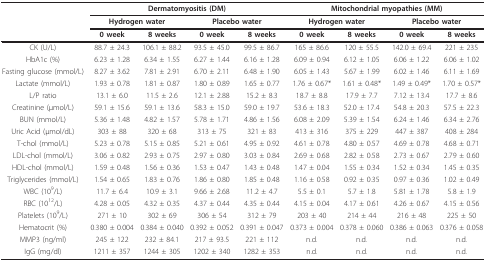
<table><thead><tr><td></td><td colspan="4"><b>Dermatomyositis (DM)</b></td><td colspan="4"><b>Mitochondrial myopathies (MM)</b></td></tr><tr><td></td><td colspan="2"><b>Hydrogen water</b></td><td colspan="2"><b>Placebo water</b></td><td colspan="2"><b>Hydrogen water</b></td><td colspan="2"><b>Placebo water</b></td></tr><tr><td></td><td><b>0 week</b></td><td><b>8 weeks</b></td><td><b>0 week</b></td><td><b>8 weeks</b></td><td><b>0 week</b></td><td><b>8 weeks</b></td><td><b>0 week</b></td><td><b>8 weeks</b></td></tr></thead><tbody><tr><td>CK (U/L)</td><td>88.7 ± 24.3</td><td>106.1 ± 88.2</td><td>93.5 ± 45.0</td><td>99.5 ± 86.7</td><td>165 ± 86.6</td><td>120 ± 55.5</td><td>142.0 ± 69.4</td><td>221 ± 235</td></tr><tr><td>HbA1c (%)</td><td>6.23 ± 1.28</td><td>6.34 ± 1.55</td><td>6.27 ± 1.44</td><td>6.16 ± 1.28</td><td>6.09 ± 0.94</td><td>6.12 ± 1.05</td><td>6.06 ± 1.22</td><td>6.06 ± 1.02</td></tr><tr><td>Fasting glucose (mmol/L)</td><td>8.27 ± 3.62</td><td>7.81 ± 2.91</td><td>6.70 ± 2.11</td><td>6.48 ± 1.90</td><td>6.05 ± 1.43</td><td>5.67 ± 1.99</td><td>6.02 ± 1.46</td><td>6.11 ± 1.69</td></tr><tr><td>Lactate (mmol/L)</td><td>1.93 ± 0.78</td><td>1.81 ± 0.87</td><td>1.80 ± 0.89</td><td>1.65 ± 0.77</td><td>1.76 ± 0.67*</td><td>1.61 ± 0.48*</td><td>1.49 ± 0.49*</td><td>1.70 ± 0.57*</td></tr><tr><td>L/P ratio</td><td>13.1 ± 6.0</td><td>11.5 ± 2.6</td><td>12.1 ± 2.88</td><td>15.2 ± 8.3</td><td>18.7 ± 8.8</td><td>17.9 ± 7.7</td><td>7.12 ± 13.4</td><td>17.7 ± 8.6</td></tr><tr><td>Creatinine (μmol/L)</td><td>59.1 ± 15.6</td><td>59.1 ± 13.6</td><td>58.3 ± 15.0</td><td>59.0 ± 19.7</td><td>53.6 ± 18.3</td><td>52.0 ± 17.4</td><td>54.8 ± 20.3</td><td>57.5 ± 22.3</td></tr><tr><td>BUN (mmol/L)</td><td>5.36 ± 1.48</td><td>4.82 ± 1.57</td><td>5.78 ± 1.71</td><td>4.86 ± 1.56</td><td>6.08 ± 2.09</td><td>5.39 ± 1.54</td><td>6.24 ± 1.46</td><td>6.34 ± 2.76</td></tr><tr><td>Uric Acid (μmol/dL)</td><td>303 ± 88</td><td>320 ± 68</td><td>313 ± 75</td><td>321 ± 83</td><td>413 ± 316</td><td>375 ± 229</td><td>447 ± 387</td><td>408 ± 284</td></tr><tr><td>T-chol (mmol/L)</td><td>5.23 ± 0.78</td><td>5.15 ± 0.85</td><td>5.21 ± 0.61</td><td>4.95 ± 0.92</td><td>4.61 ± 0.78</td><td>4.80 ± 0.57</td><td>4.69 ± 0.78</td><td>4.68 ± 0.71</td></tr><tr><td>LDL-chol (mmol/L)</td><td>3.06 ± 0.82</td><td>2.93 ± 0.75</td><td>2.97 ± 0.80</td><td>3.03 ± 0.84</td><td>2.69 ± 0.68</td><td>2.82 ± 0.58</td><td>2.73 ± 0.67</td><td>2.79 ± 0.60</td></tr><tr><td>HDL-chol (mmol/L)</td><td>1.59 ± 0.48</td><td>1.56 ± 0.36</td><td>1.53 ± 0.47</td><td>1.43 ± 0.48</td><td>1.47 ± 0.04</td><td>1.55 ± 0.34</td><td>1.52 ± 0.34</td><td>1.45 ± 0.35</td></tr><tr><td>Triglycerides (mmol/L)</td><td>1.54 ± 0.65</td><td>1.83 ± 0.76</td><td>1.86 ± 0.80</td><td>1.85 ± 0.48</td><td>1.16 ± 0.58</td><td>0.92 ± 0.35</td><td>0.97 ± 0.36</td><td>1.02 ± 0.49</td></tr><tr><td>WBC (10<sup>9</sup>/L)</td><td>11.7 ± 6.4</td><td>10.9 ± 3.1</td><td>9.66 ± 2.68</td><td>11.2 ± 4.7</td><td>5.5 ± 0.1</td><td>5.7 ± 1.8</td><td>5.81 ± 1.78</td><td>5.8 ± 1.9</td></tr><tr><td>RBC (10<sup>12</sup>/L)</td><td>4.28 ± 0.05</td><td>4.32 ± 0.35</td><td>4.37 ± 0.44</td><td>4.35 ± 0.44</td><td>4.15 ± 0.04</td><td>4.17 ± 0.61</td><td>4.26 ± 0.67</td><td>4.15 ± 0.56</td></tr><tr><td>Platelets (10<sup>9</sup>/L)</td><td>271 ± 10</td><td>302 ± 69</td><td>306 ± 54</td><td>312 ± 79</td><td>203 ± 40</td><td>214 ± 44</td><td>216 ± 48</td><td>225 ± 50</td></tr><tr><td>Hematocrit (%)</td><td>0.380 ± 0.004</td><td>0.384 ± 0.040</td><td>0.392 ± 0.052</td><td>0.391 ± 0.047</td><td>0.373 ± 0.004</td><td>0.378 ± 0.060</td><td>0.386 ± 0.063</td><td>0.376 ± 0.058</td></tr><tr><td>MMP3 (ng/ml)</td><td>245 ± 122</td><td>232 ± 84.1</td><td>217 ± 93.5</td><td>221 ± 112</td><td>n.d.</td><td>n.d.</td><td>n.d.</td><td>n.d.</td></tr><tr><td>IgG (mg/dl)</td><td>1211 ± 357</td><td>1244 ± 305</td><td>1202 ± 340</td><td>1282 ± 353</td><td>n.d.</td><td>n.d.</td><td>n.d.</td><td>n.d.</td></tr></tbody></table>